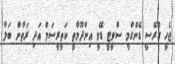
ޖެހީ ގްރޭސީ ޑޭންގްމީ ސްވީޓީ ޑޭވީ އިންދޫމާތީ ކަތީރީސަމް އަދި ރަތާން ބަލާ